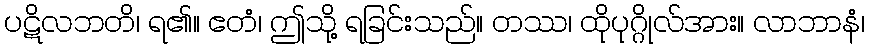
ပဋိလဘတိ၊ ရ၏။ ဧတံ၊ ဤသို့ ရခြင်းသည်။ တဿ၊ ထိုပုဂ္ဂိုလ်အား။ လာဘာနံ၊